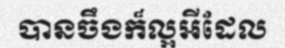
បានចឹងក៏ល្អអីដែល